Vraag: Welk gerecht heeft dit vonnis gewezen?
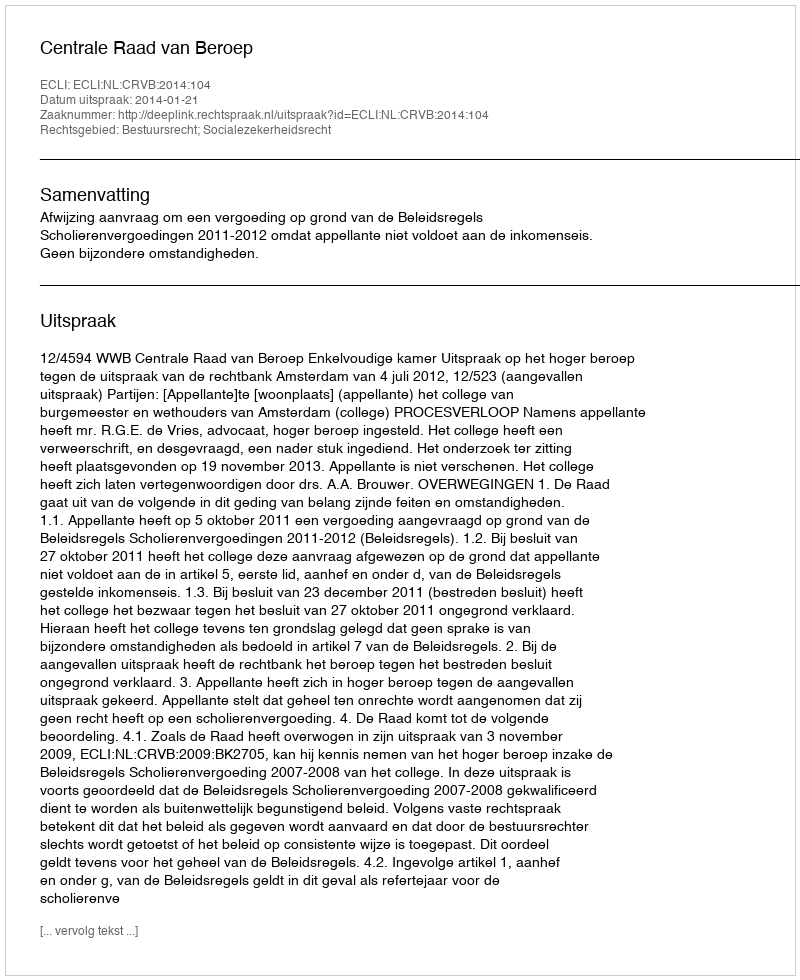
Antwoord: Centrale Raad van Beroep